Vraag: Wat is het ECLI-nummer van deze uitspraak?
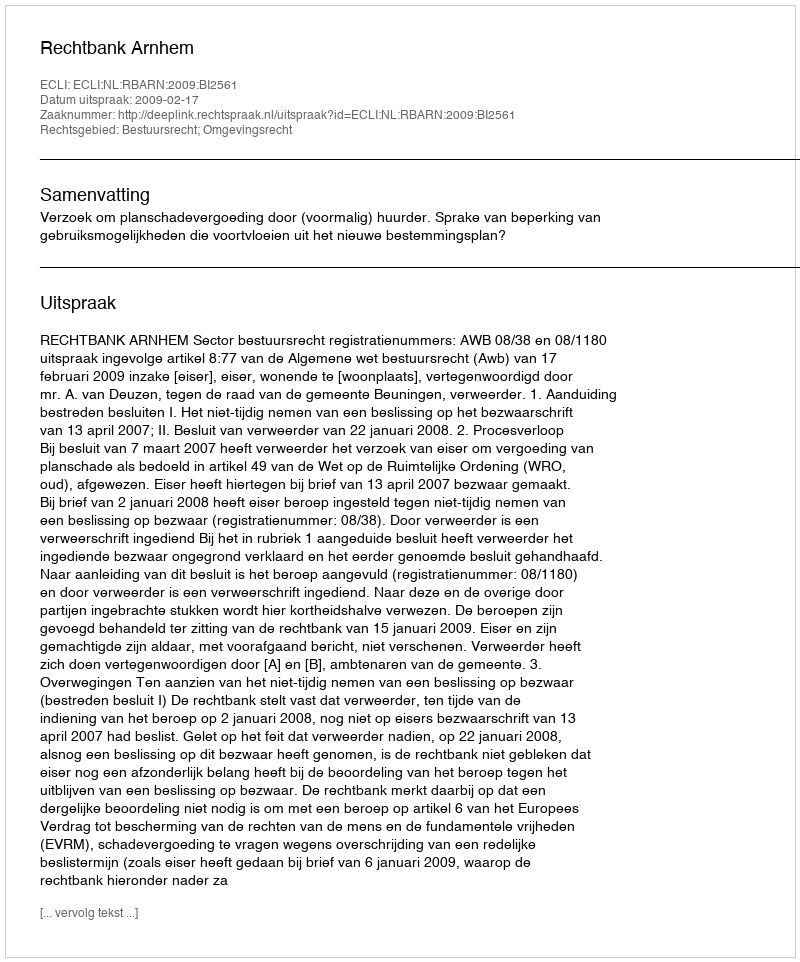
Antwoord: ECLI:NL:RBARN:2009:BI2561